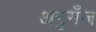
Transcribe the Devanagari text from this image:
अनुगँज